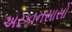
અરકાનસાસો